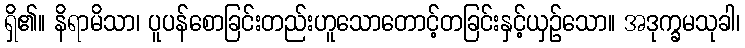
ရှိ၏။ နိရာမိသာ၊ ပူပန်စောခြင်းတည်းဟူသောတောင့်တခြင်းနှင့်ယှဉ်သော။ အဒုက္ခမသုခါ၊